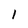
Character: 1